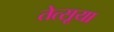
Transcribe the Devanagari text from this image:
तेत्सूया